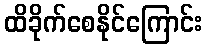
ထိခိုက်စေနိုင်ကြောင်း